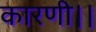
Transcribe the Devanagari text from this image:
कारणी।।